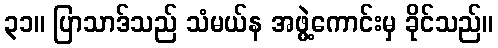
၃၁။ ပြာသာဒ်သည် သံမယ်န အဖွဲ့ကောင်းမှ ခိုင်သည်။